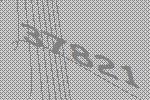
37821